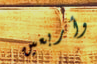
وأربعين